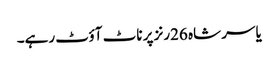
یاسر شاہ 26رنز پر ناٹ آؤٹ رہے۔